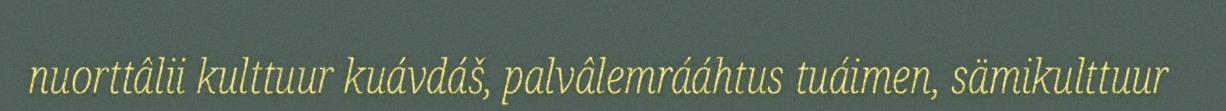
nuorttâlii kulttuur kuávdáš, palvâlemrááhtus tuáimen, sämikulttuur